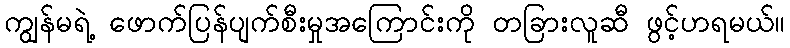
ကျွန်မရဲ့ ဖောက်ပြန်ပျက်စီးမှုအကြောင်းကို တခြားလူဆီ ဖွင့်ဟရမယ်။